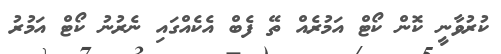
ކުރުވާނީ ކޮން ކޯޓް އަމުރެއް ތޭ ފެބް އެކެއްގައި ނެރުނު ކޯޓް އަމުރު